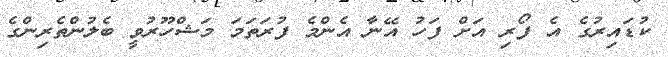
ކުޑައިރުގެ އެ ފޯރި އަށް ފަހު އޭނާ އެންމެ ފުރަތަމަ މަޝްހޫރުވީ ބެލުންތެރިންގެ